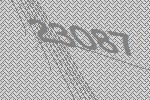
23087